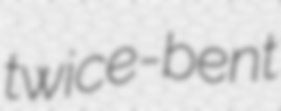
twice-bent